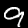
Label: 9